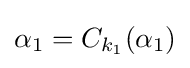
\alpha _{1}=C_{k_{1}}(\alpha _{1})